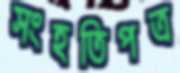
সংহতিপত্র